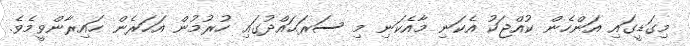
މިގަޑީގައި އަންހެން ކުއްޖަކު އެކަނި މާއެކަނި މި ސަރަޙައްދުގައި ހުރުމުން އަހަރެން ހައިރާންވީމެވެ.